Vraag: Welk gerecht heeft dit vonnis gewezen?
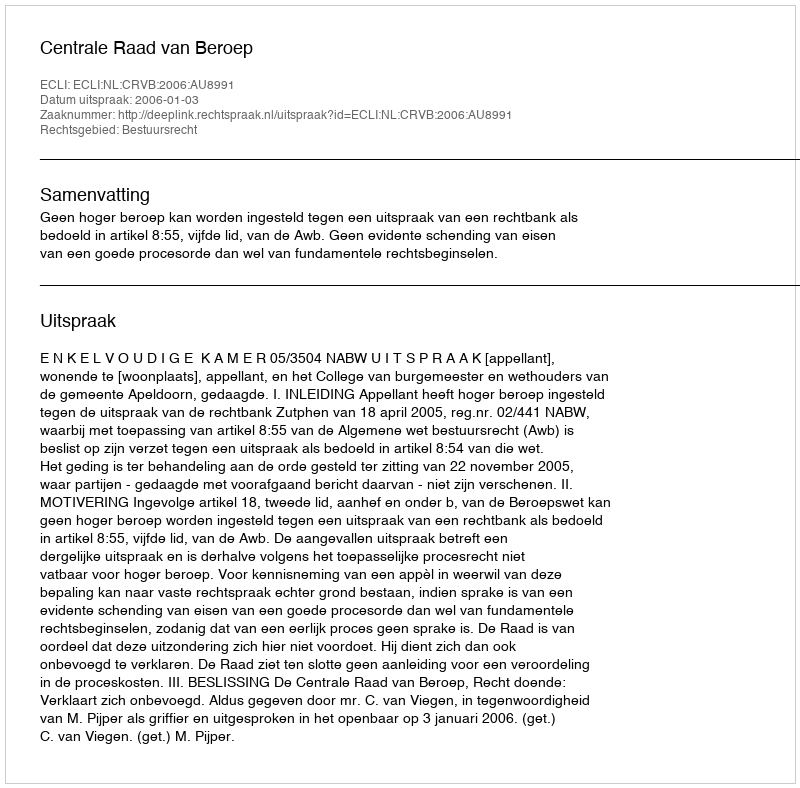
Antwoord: Centrale Raad van Beroep